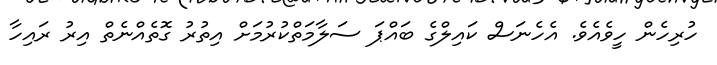
ހުރިހެން ހީވެއެވެ. އެހެނަސް ކައިލްގެ ބައްޕަ ސަލާމަތްކުރުމަށް އިތުރު ގޮތެއްނެތް އިރު ރައިހާ